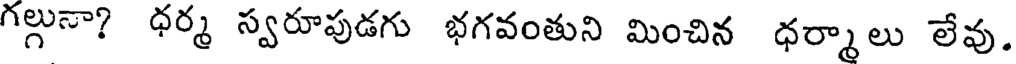
గల్లునా? ధర్మ స్వరూపుడగు భగవంతుని మించిన ధర్మాలు లేవు.